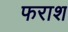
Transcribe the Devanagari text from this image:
फराश